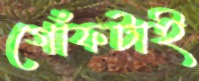
গোঁফটাই